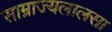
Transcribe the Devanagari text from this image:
साम्राज्यलालसा